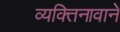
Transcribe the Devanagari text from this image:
व्यक्तिनावाने